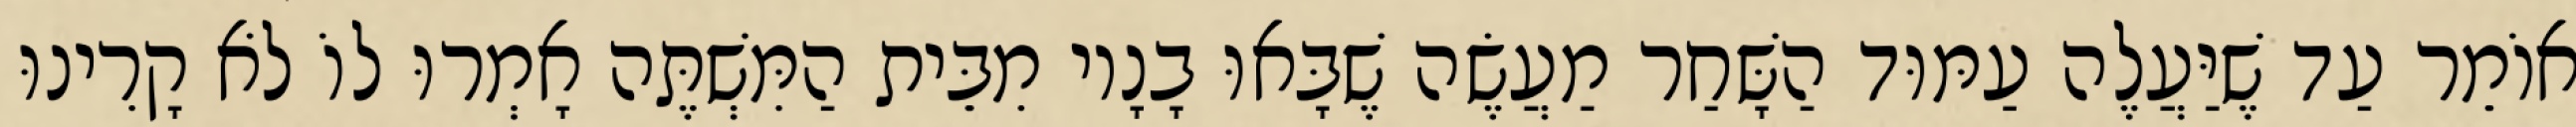
אוֹמֵר עַד שֶׁיַּעֲלֶה עַמּוּד הַשָּׁחַר מַעֲשֶׂה שֶׁבָּאוּ בָנָיו מִבֵּית הַמִּשְׁתֶּה אָמְרוּ לוֹ לֹא קָרִינוּ